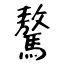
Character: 驁